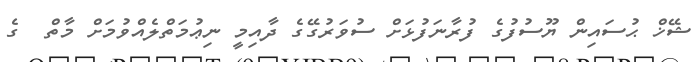
ޝޭޚް ޙުސައިން ޔޫސުފުގެ ފުރާނަފުޅަށް ސުވަރުގޭގެ ދާއިމީ ނިޢުމަތްލެއްވުމަށް މާތް  ގެ